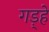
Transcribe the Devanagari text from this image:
गड़्हे